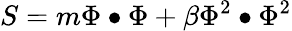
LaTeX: S=m\Phi\bullet\Phi+\beta\Phi^{2}\bullet\Phi^{2}